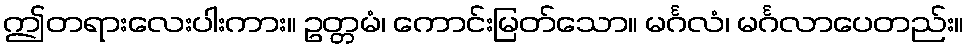
ဤတရားလေးပါးကား။ ဥတ္တမံ၊ ကောင်းမြတ်သော။ မင်္ဂလံ၊ မင်္ဂလာပေတည်း။